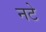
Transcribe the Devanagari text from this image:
नटे